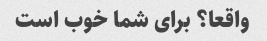
واقعا؟ برای شما خوب است